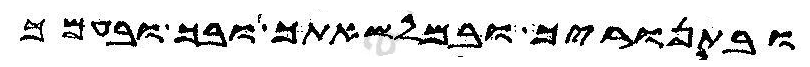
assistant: ובתנוריך ובמלשאתך ובך ובעמך